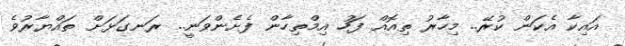
އައިކާ އެކަން ކުރޭ.. މިހާރު ތިއޮއް ފަހު އިމްތިހާން ފެށެންވަނީ.. ރަނގަޅަށް ތައްޔާރުވެ